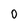
Character: 0